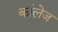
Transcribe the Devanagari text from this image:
कांलेज